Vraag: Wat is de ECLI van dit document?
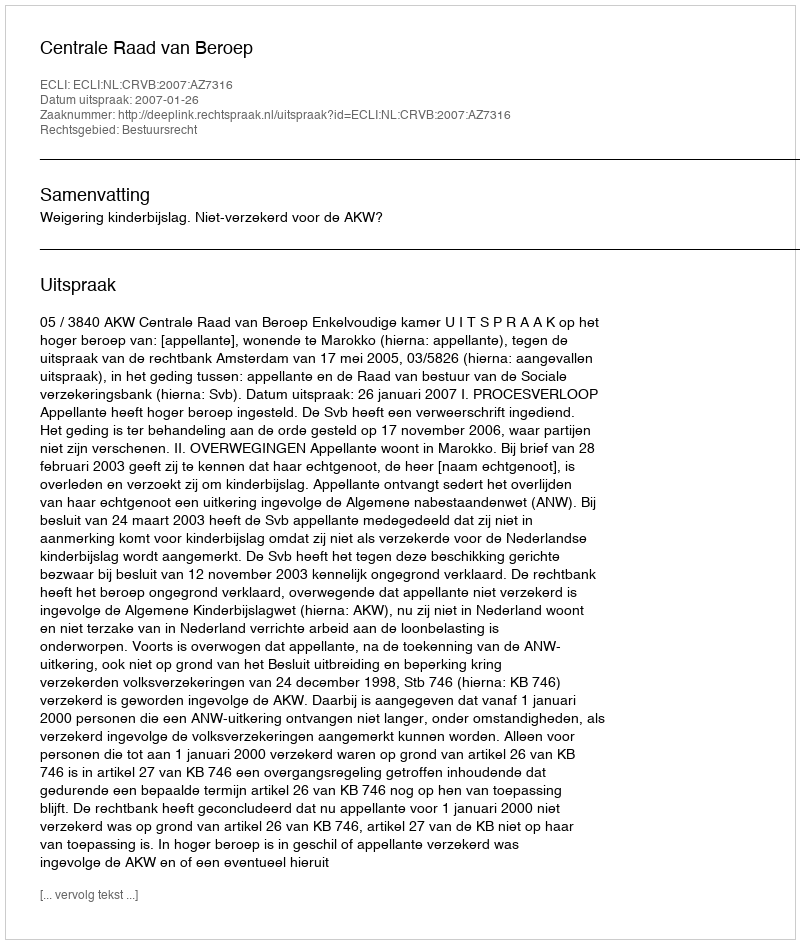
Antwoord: ECLI:NL:CRVB:2007:AZ7316